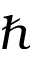
\hbar